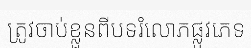
ត្រូវចាប់ខ្លួនពីបទរំលោភផ្លូវភេទ